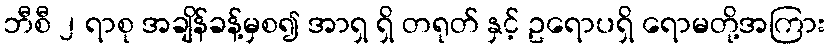
ဘီစီ ၂ ရာစု အချိန်ခန့်မှစ၍ အာရှ ရှိ တရုတ် နှင့် ဥရောပရှိ ရောမတို့အကြား